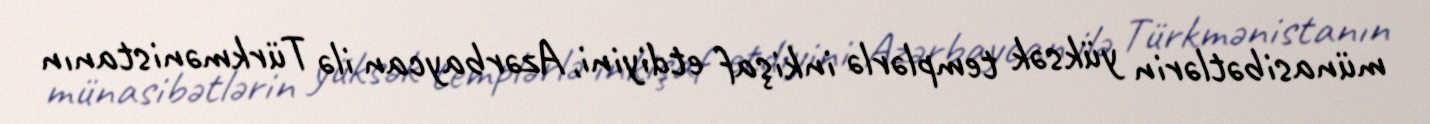
münasibətlərin yüksək templərlə inkişaf etdiyini, Azərbaycan ilə Türkmənistanın